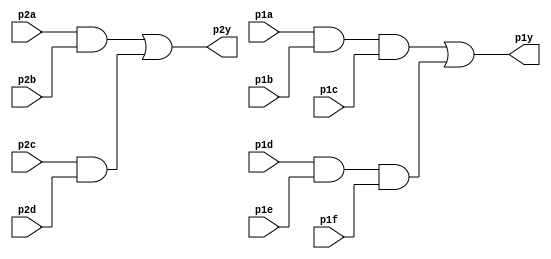
module top_module(
  input p1a, p1b, p1c, p1d, p1e, p1f,
  output p1y,
  input p2a, p2b, p2c, p2d,
  output p2y
);
  wire p1a_and_p1b_and_p1c, p1d_and_p1e_and_p1f;
  assign p1a_and_p1b_and_p1c = p1a & p1b & p1c;
  assign p1d_and_p1e_and_p1f = p1d & p1e & p1f;
  assign p1y = p1a_and_p1b_and_p1c | p1d_and_p1e_and_p1f;

  wire p2a_and_p2b, p2c_and_p2d;
  assign p2a_and_p2b = p2a & p2b;
  assign p2c_and_p2d = p2c & p2d;
  assign p2y = p2a_and_p2b | p2c_and_p2d;
endmodule